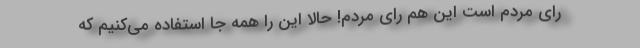
رای مردم است این هم رای مردم! حالا این را همه جا استفاده می‌کنیم که